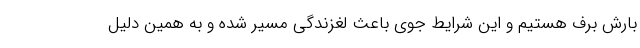
بارش برف هستیم و این شرایط جوی باعث لغزندگی مسیر شده و به همین دلیل